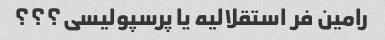
رامین فر استقلالیه یا پرسپولیسی؟؟؟